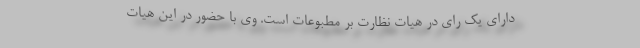
دارای یک رای در هیات نظارت بر مطبوعات است. وی با حضور در این هیات